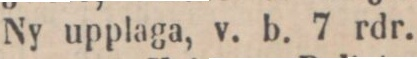
Ny upplaga, v. b. 7 rdr.